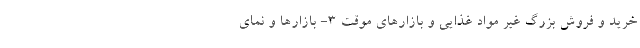
خرید و فروش بزرگ غیر مواد غذایی و بازارهای موقت ۳- بازارها و نمای